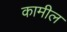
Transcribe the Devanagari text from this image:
कामील